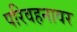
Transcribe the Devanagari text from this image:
परिवहनावर